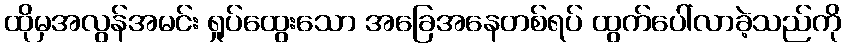
ထိုမှအလွန်အမင်း ရှုပ်ထွေးသော အခြေအနေတစ်ရပ် ထွက်ပေါ်လာခဲ့သည်ကို